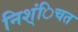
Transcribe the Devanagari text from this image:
निश्ंिचत